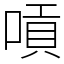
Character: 嗊